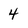
Character: 4